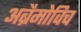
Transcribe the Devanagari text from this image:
अब्रैमोविच